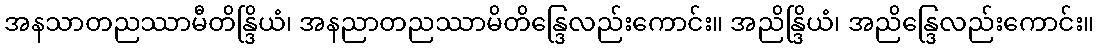
အနသာတညဿာမီတိန္ဒြိယံ၊ အနညာတညဿာမိတိန္ဒြေလည်းကောင်း။ အညိန္ဒြိယံ၊ အညိန္ဒြေလည်းကောင်း။